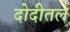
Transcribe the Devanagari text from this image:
दोदीतल